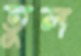
তুল